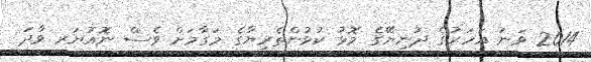
2014 ވަނަ އަހަރުގެ ދުނިޔޭގެ މޮޅު ކުޅުންތެރިޔާގެ މަގާމަށް ވެސް ނޮއުޔަރ ވާދަ